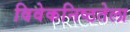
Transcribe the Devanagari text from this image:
विवेकनिष्ठतेला